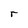
Character: r